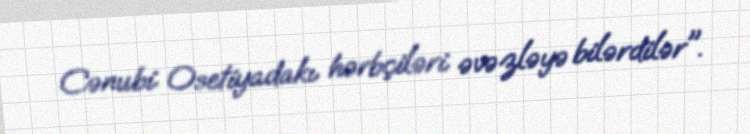
Cənubi Osetiyadakı hərbçiləri əvəzləyə bilərdilər".